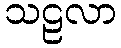
သဠလာ